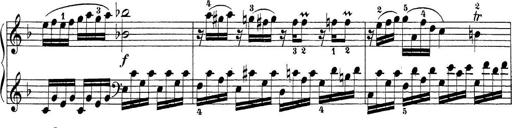
Title: Sonatina Album
Composer: Louis KÃ¶hler